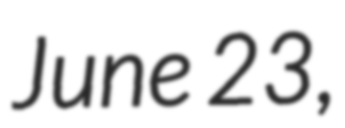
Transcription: June 23,